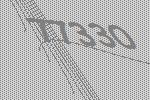
77330